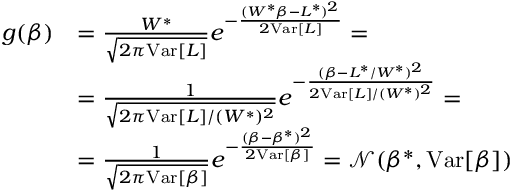
\begin{array} { r l } { g ( \beta ) } & { = \frac { W ^ { * } } { \sqrt { 2 \pi \mathrm { V a r } [ L ] } } e ^ { - \frac { ( W ^ { * } \beta - L ^ { * } ) ^ { 2 } } { 2 \mathrm { V a r } [ L ] } } = } \\ & { = \frac { 1 } { \sqrt { 2 \pi \mathrm { V a r } [ L ] / ( W ^ { * } ) ^ { 2 } } } e ^ { - \frac { ( \beta - L ^ { * } / W ^ { * } ) ^ { 2 } } { 2 \mathrm { V a r } [ L ] / ( W ^ { * } ) ^ { 2 } } } = } \\ & { = \frac { 1 } { \sqrt { 2 \pi \mathrm { V a r } [ \beta ] } } e ^ { - \frac { ( \beta - \beta ^ { * } ) ^ { 2 } } { 2 \mathrm { V a r } [ \beta ] } } = \mathcal { N } ( \beta ^ { * } , \mathrm { V a r } [ \beta ] ) } \end{array}